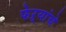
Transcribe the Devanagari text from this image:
फेऱ्यांचे